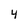
Character: 4